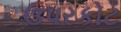
ઉપરકોટ